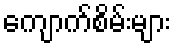
ကျောက်စိမ်းများ